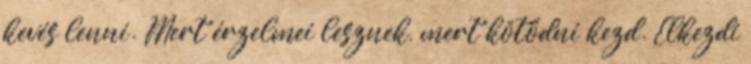
kevés lenni. Mert érzelmei lesznek, mert kötődni kezd. Elkezdi